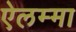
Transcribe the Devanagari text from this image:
ऐलम्मा